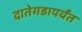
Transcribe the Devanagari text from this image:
दातेगडापर्यंत